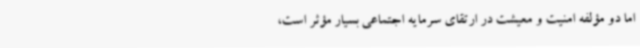
اما دو مؤلفه امنیت و معیشت در ارتقای سرمایه اجتماعی بسیار مؤثر است،